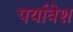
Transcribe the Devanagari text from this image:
पर्यावेश